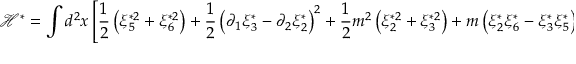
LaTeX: \mathcal { H } ^ { \ast } = \int d ^ { 2 } x \left[ \frac { 1 } { 2 } \left( \xi _ { 5 } ^ { \ast 2 } + \xi _ { 6 } ^ { \ast 2 } \right) + \frac { 1 } { 2 } \left( \partial _ { 1 } \xi _ { 3 } ^ { \ast } - \partial _ { 2 } \xi _ { 2 } ^ { \ast } \right) ^ { 2 } + \frac { 1 } { 2 } m ^ { 2 } \left( \xi _ { 2 } ^ { \ast 2 } + \xi _ { 3 } ^ { \ast 2 } \right) + m \left( \xi _ { 2 } ^ { \ast } \xi _ { 6 } ^ { \ast } - \xi _ { 3 } ^ { \ast } \xi _ { 5 } ^ { \ast } \right) \right] .